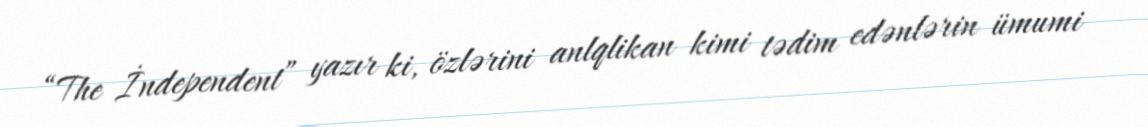
“The İndependent” yazır ki, özlərini anlqlikan kimi tədim edənlərin ümumi